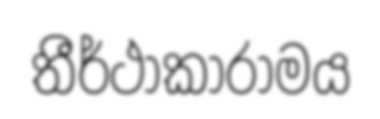
තීර්ථාකාරාමය